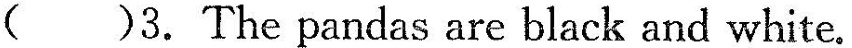
( )3.The pandas are black and white.